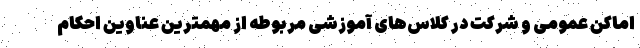
اماکن عمومی و شرکت در کلاس‌های آموزشی مربوطه از مهمترین عناوین احکام